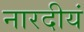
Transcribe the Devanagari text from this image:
नारदीयं